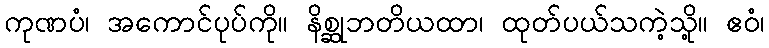
ကုဏပံ၊ အကောင်ပုပ်ကို။ နိစ္ဆုဘတိယထာ၊ ထုတ်ပယ်သကဲ့သို့။ ဧဝံ၊